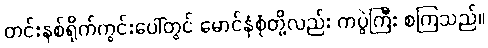
တင်းနစ်ရိုက်ကွင်းပေါ်တွင် မောင်နှံစုံတို့လည်း ကပွဲကြီး စကြသည်။